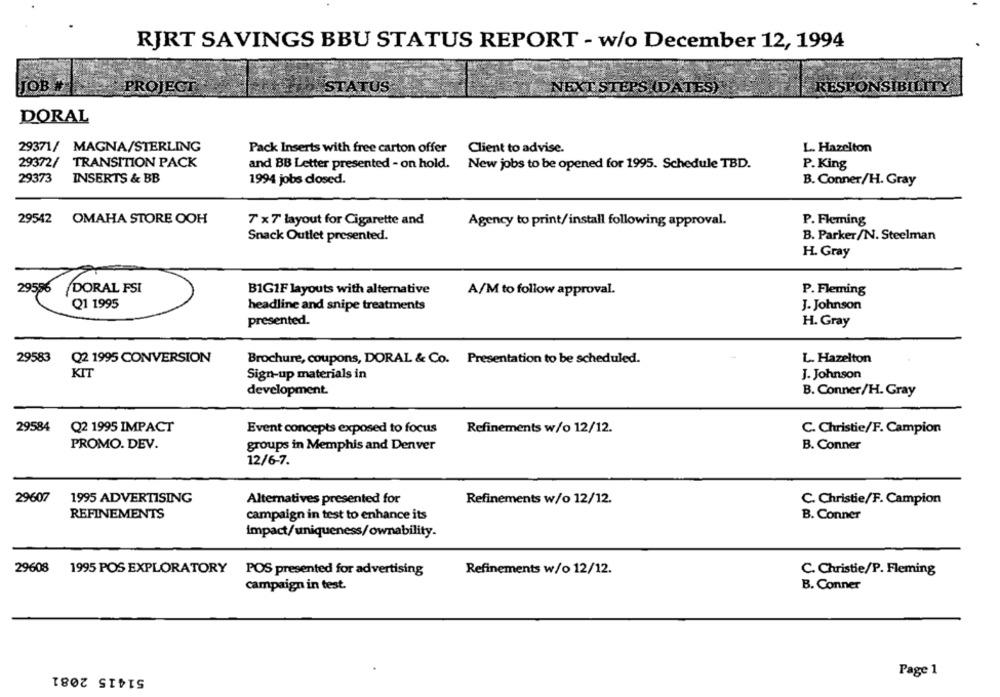
RJRT SAVINGS BBU STATUS REPORT - w/o December 12, 1994
JOB #
PROJECT
STATUS
NEXT STEPS (DATES)
RESPONSIBILITY
DORAL
29371/ MAGNA/STERLING
Pack Inserts with free carton offer
Client to advise.
L. Hazelton
29372/ TRANSITION PACK
and BB Letter presented - on hold.
New jobs to be opened for 1995. Schedule TBD.
P. King
29373
INSERTS & BB
1994 jobs dosed.
B. Conner/H. Gray
29542 OMAHA STORE OOH
7 x7 layout for Cigarette and
Agency to print/install following approval.
P. Fleming
Snack Outlet presented.
B. Parker/N. Steelman
H. Gray
29586
DORAL FSI
B1G1F layouts with alternative
A/M to follow approval.
P. Fleming
Q1 1995
headline and snipe treatments
J. Johnson
presented.
H. Gray
29583
Q2 1995 CONVERSION
Brochure, coupons, DORAL & Co. Presentation to be scheduled.
L. Hazelton
KIT
Sign-up materials in
J. Johnson
development.
B. Conner/H. Gray
29584
Q2 1995 IMPACT
Event concepts exposed to focus
Refinements w/o 12/12.
C. Christie/F. Campion
PROMO. DEV.
groups in Memphis and Denver
B. Conner
12/6-7.
29607
1995 ADVERTISING
Alternatives presented for
Refinements w/o 12/12.
C. Christie/F. Campion
REFINEMENTS
B. Conner
campaign in test to enhance its
impact/uniqueness/ownability.
29608 1995 POS EXPLORATORY POS presented for advertising
Refinements w/o 12/12.
C. Christie/P. Fleming
B. Conner
campaign in test.
51415 2081
Page 1